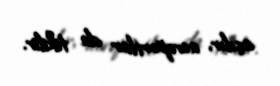
açılır, aeroportlar da tikilir.